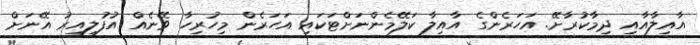
އާއިލާއާއި ދިމާކުރާށޭ. އަހަރެންގެ އާއިލާ ކަލޭމެންނަށްޓަކައި އަހަރެން މިހުރިހާ ވޭނެއް އުފުލިއިރު އޭނަށް